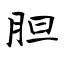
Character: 胆